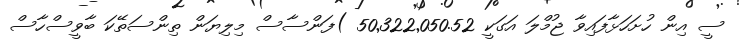
ސީ އިން ހުށަހަޅާފައިވާ ޖުމްލަ އަގަކީ 50